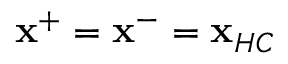
\mathbf { x } ^ { + } = \mathbf { x } ^ { - } = \mathbf { x } _ { H C }